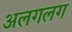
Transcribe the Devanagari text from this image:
अलगलग